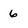
Character: 6